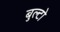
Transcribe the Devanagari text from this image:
बुल्टो